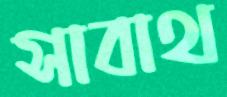
সাবাথ